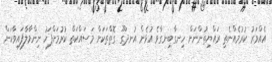
އެއްވަރު ކުރުމެއްނެތި ރައްޔިތުންނަށް ހިނގާބިނގާވެ އުޅެން އުނދަގޫ ގޮތްތަކަށް މަސައްކަތް ކުރުމަށްފަހު ނިންމާލާފައިވާކަން